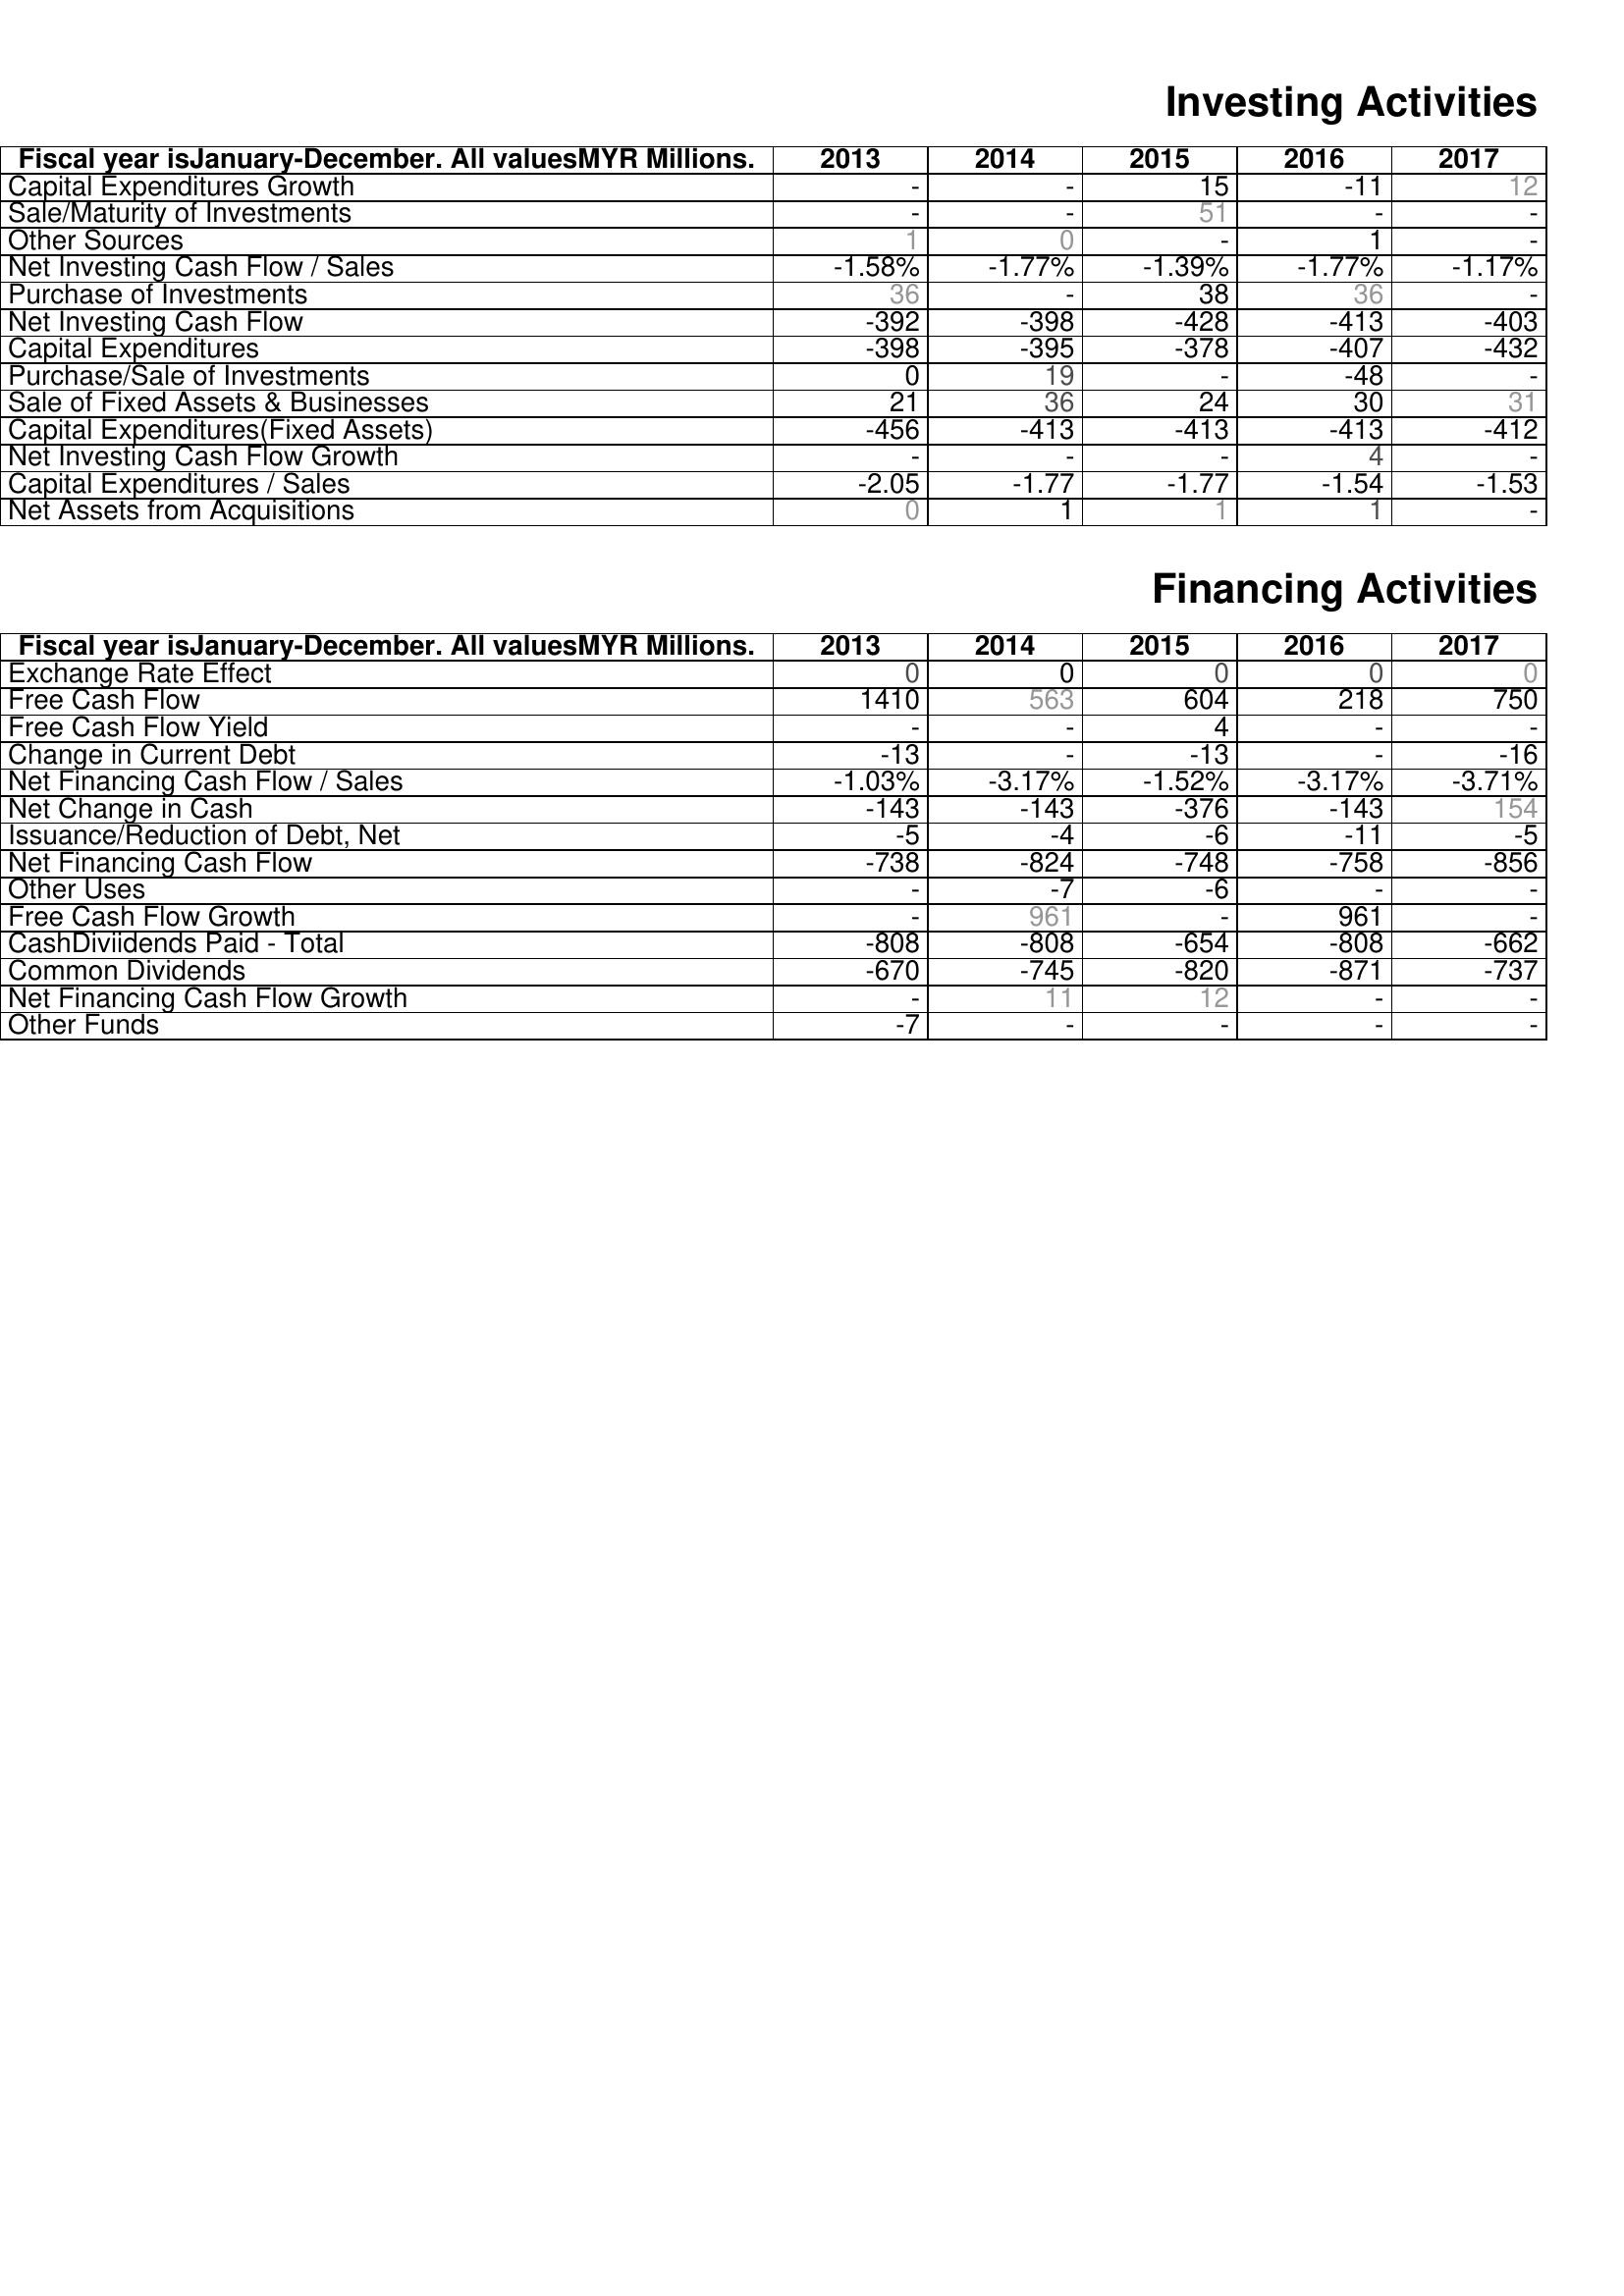
2013: Investing Activities: Capital Expenditures Growth: -
Sale/Maturity of Investments: -
Other Sources: 1
Net Investing Cash Flow / Sales: -1.58%
Purchase of Investments: 36
Net Investing Cash Flow: -392
Capital Expenditures: -398
Purchase/Sale of Investments: 0
Sale of Fixed Assets & Businesses: 21
Capital Expenditures(Fixed Assets): -456
Net Investing Cash Flow Growth: -
Capital Expenditures / Sales: -2.05
Net Assets from Acquisitions: 0
Financing Activities: Exchange Rate Effect: 0
Free Cash Flow: 1410
Free Cash Flow Yield: -
Change in Current Debt: -13
Net Financing Cash Flow / Sales: -1.03%
Net Change in Cash: -143
Issuance/Reduction of Debt, Net: -5
Net Financing Cash Flow: -738
Other Uses: -
Free Cash Flow Growth: -
CashDiviidends Paid - Total: -808
Common Dividends: -670
Net Financing Cash Flow Growth: -
Other Funds: -7
2014: Investing Activities: Capital Expenditures Growth: -
Sale/Maturity of Investments: -
Other Sources: 0
Net Investing Cash Flow / Sales: -1.77%
Purchase of Investments: -
Net Investing Cash Flow: -398
Capital Expenditures: -395
Purchase/Sale of Investments: 19
Sale of Fixed Assets & Businesses: 36
Capital Expenditures(Fixed Assets): -413
Net Investing Cash Flow Growth: -
Capital Expenditures / Sales: -1.77
Net Assets from Acquisitions: 1
Financing Activities: Exchange Rate Effect: 0
Free Cash Flow: 563
Free Cash Flow Yield: -
Change in Current Debt: -
Net Financing Cash Flow / Sales: -3.17%
Net Change in Cash: -143
Issuance/Reduction of Debt, Net: -4
Net Financing Cash Flow: -824
Other Uses: -7
Free Cash Flow Growth: 961
CashDiviidends Paid - Total: -808
Common Dividends: -745
Net Financing Cash Flow Growth: 11
Other Funds: -
2015: Investing Activities: Capital Expenditures Growth: 15
Sale/Maturity of Investments: 51
Other Sources: -
Net Investing Cash Flow / Sales: -1.39%
Purchase of Investments: 38
Net Investing Cash Flow: -428
Capital Expenditures: -378
Purchase/Sale of Investments: -
Sale of Fixed Assets & Businesses: 24
Capital Expenditures(Fixed Assets): -413
Net Investing Cash Flow Growth: -
Capital Expenditures / Sales: -1.77
Net Assets from Acquisitions: 1
Financing Activities: Exchange Rate Effect: 0
Free Cash Flow: 604
Free Cash Flow Yield: 4
Change in Current Debt: -13
Net Financing Cash Flow / Sales: -1.52%
Net Change in Cash: -376
Issuance/Reduction of Debt, Net: -6
Net Financing Cash Flow: -748
Other Uses: -6
Free Cash Flow Growth: -
CashDiviidends Paid - Total: -654
Common Dividends: -820
Net Financing Cash Flow Growth: 12
Other Funds: -
2016: Investing Activities: Capital Expenditures Growth: -11
Sale/Maturity of Investments: -
Other Sources: 1
Net Investing Cash Flow / Sales: -1.77%
Purchase of Investments: 36
Net Investing Cash Flow: -413
Capital Expenditures: -407
Purchase/Sale of Investments: -48
Sale of Fixed Assets & Businesses: 30
Capital Expenditures(Fixed Assets): -413
Net Investing Cash Flow Growth: 4
Capital Expenditures / Sales: -1.54
Net Assets from Acquisitions: 1
Financing Activities: Exchange Rate Effect: 0
Free Cash Flow: 218
Free Cash Flow Yield: -
Change in Current Debt: -
Net Financing Cash Flow / Sales: -3.17%
Net Change in Cash: -143
Issuance/Reduction of Debt, Net: -11
Net Financing Cash Flow: -758
Other Uses: -
Free Cash Flow Growth: 961
CashDiviidends Paid - Total: -808
Common Dividends: -871
Net Financing Cash Flow Growth: -
Other Funds: -
2017: Investing Activities: Capital Expenditures Growth: 12
Sale/Maturity of Investments: -
Other Sources: -
Net Investing Cash Flow / Sales: -1.17%
Purchase of Investments: -
Net Investing Cash Flow: -403
Capital Expenditures: -432
Purchase/Sale of Investments: -
Sale of Fixed Assets & Businesses: 31
Capital Expenditures(Fixed Assets): -412
Net Investing Cash Flow Growth: -
Capital Expenditures / Sales: -1.53
Net Assets from Acquisitions: -
Financing Activities: Exchange Rate Effect: 0
Free Cash Flow: 750
Free Cash Flow Yield: -
Change in Current Debt: -16
Net Financing Cash Flow / Sales: -3.71%
Net Change in Cash: 154
Issuance/Reduction of Debt, Net: -5
Net Financing Cash Flow: -856
Other Uses: -
Free Cash Flow Growth: -
CashDiviidends Paid - Total: -662
Common Dividends: -737
Net Financing Cash Flow Growth: -
Other Funds: -